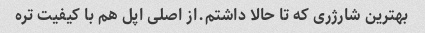
بهترین شارژری که تا حالا داشتم.از اصلی اپل هم با کیفیت تره